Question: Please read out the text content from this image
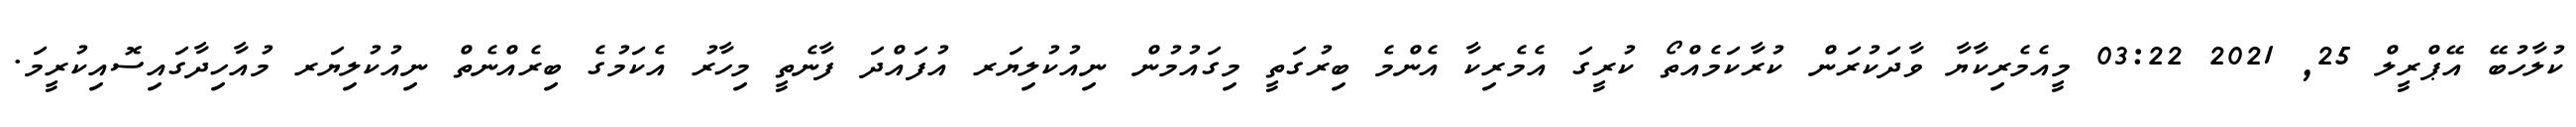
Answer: ކުލާހުބޭ އޭޕްރީލް 25, 2021 03:22 މީއެމެރިކާޔާ ވާދަކުރަން ކުރާކަމެއްތޯ ކުރީގަ އެމެރިކާ އެންމެ ބިރުގަތީ މިގައުމުން ނިއުކުލިޔަރ އުފައްދަ ފާނެތީ މިހާރު އެކަމުގެ ބިރެއްނެތް ނިއުކުލިޔަރ މުއާހިދާގައިސޮއިކުރީމަ.